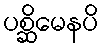
ပစ္ဆိမေနပိ